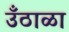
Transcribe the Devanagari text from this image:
उँठाळा